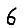
Digit: 6